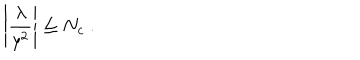
\left| { \frac { \lambda } { y ^ { 2 } } } \right| \le N _ { c } ~ .